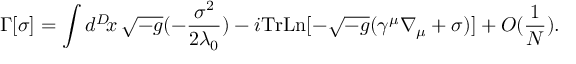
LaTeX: \Gamma [ \sigma ] = \int d ^ { D } \! x \, \sqrt { - g } ( - \frac { \sigma ^ { 2 } } { 2 \lambda _ { 0 } } ) - i \mathrm { T r } \mathrm { L n } [ - \sqrt { - g } ( \gamma ^ { \mu } \nabla _ { \mu } + \sigma ) ] + { \cal O } ( \frac { 1 } { N } ) .